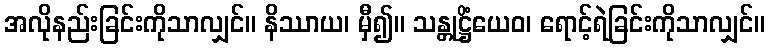
အလိုနည်းခြင်းကိုသာလျှင်။ နိဿာယ၊ မှီ၍။ သန္တုဋ္ဌိံယေဝ၊ ရောင့်ရဲခြင်းကိုသာလျှင်။